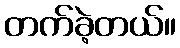
တက်ခဲ့တယ်။